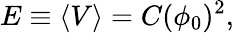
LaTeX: E\equiv\langle V\rangle=C(\phi_{0})^{2},